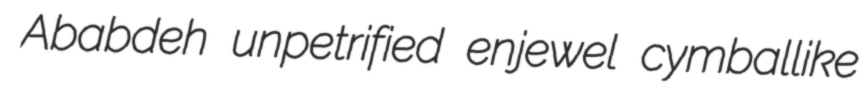
Ababdeh unpetrified enjewel cymballike